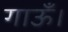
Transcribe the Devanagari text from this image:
गाऊँ।